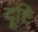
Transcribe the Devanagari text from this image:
दॄ्ष्टि